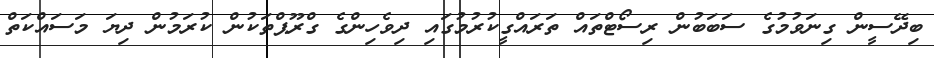
ބިދޭސީން ގިނަވުމުގެ ސަބަބުން ރިސޯޓްތައް ތަރައްގީކުރުމުގައި ދިވެހިންގެ ގްރޫޕްތަކުން ކުރަމުން ދިޔަ މަސައްކަތް